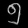
Digit: ၅